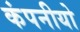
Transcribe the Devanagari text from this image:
कंपनीयो